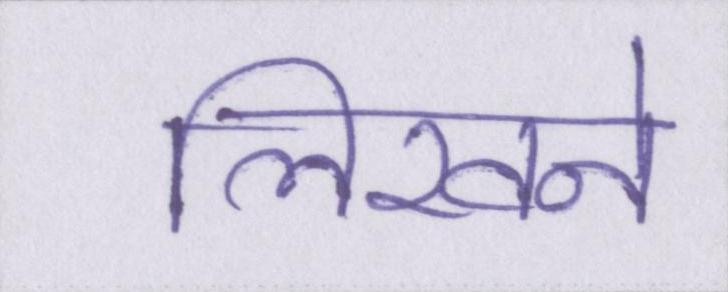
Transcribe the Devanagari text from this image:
लिखने